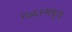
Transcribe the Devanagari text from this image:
१७६१मध्ये